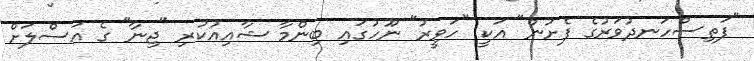
"ފަތިސްހަނދުވަރުގެ ފެށުން" އަކީ "ހަވީރު" ނޫހުގައި ބިންމާ ޝާއިއުކުރި "ޖިނާ" ގެ އަސްލަށް